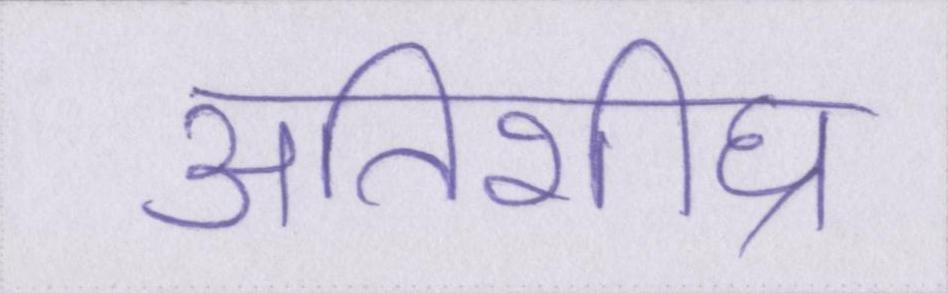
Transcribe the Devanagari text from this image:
अतिशीघ्र